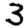
Digit: 3